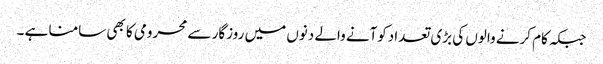
جبکہ کام کرنے والوں کی بڑی تعدادکوآنے والے دنوں میں روزگار سے محرومی کا بھی سامنا ہے ۔